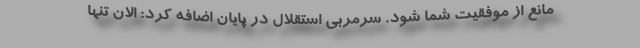
مانع از موفقیت شما شود. سرمربی استقلال در پایان اضافه کرد: الان تنها